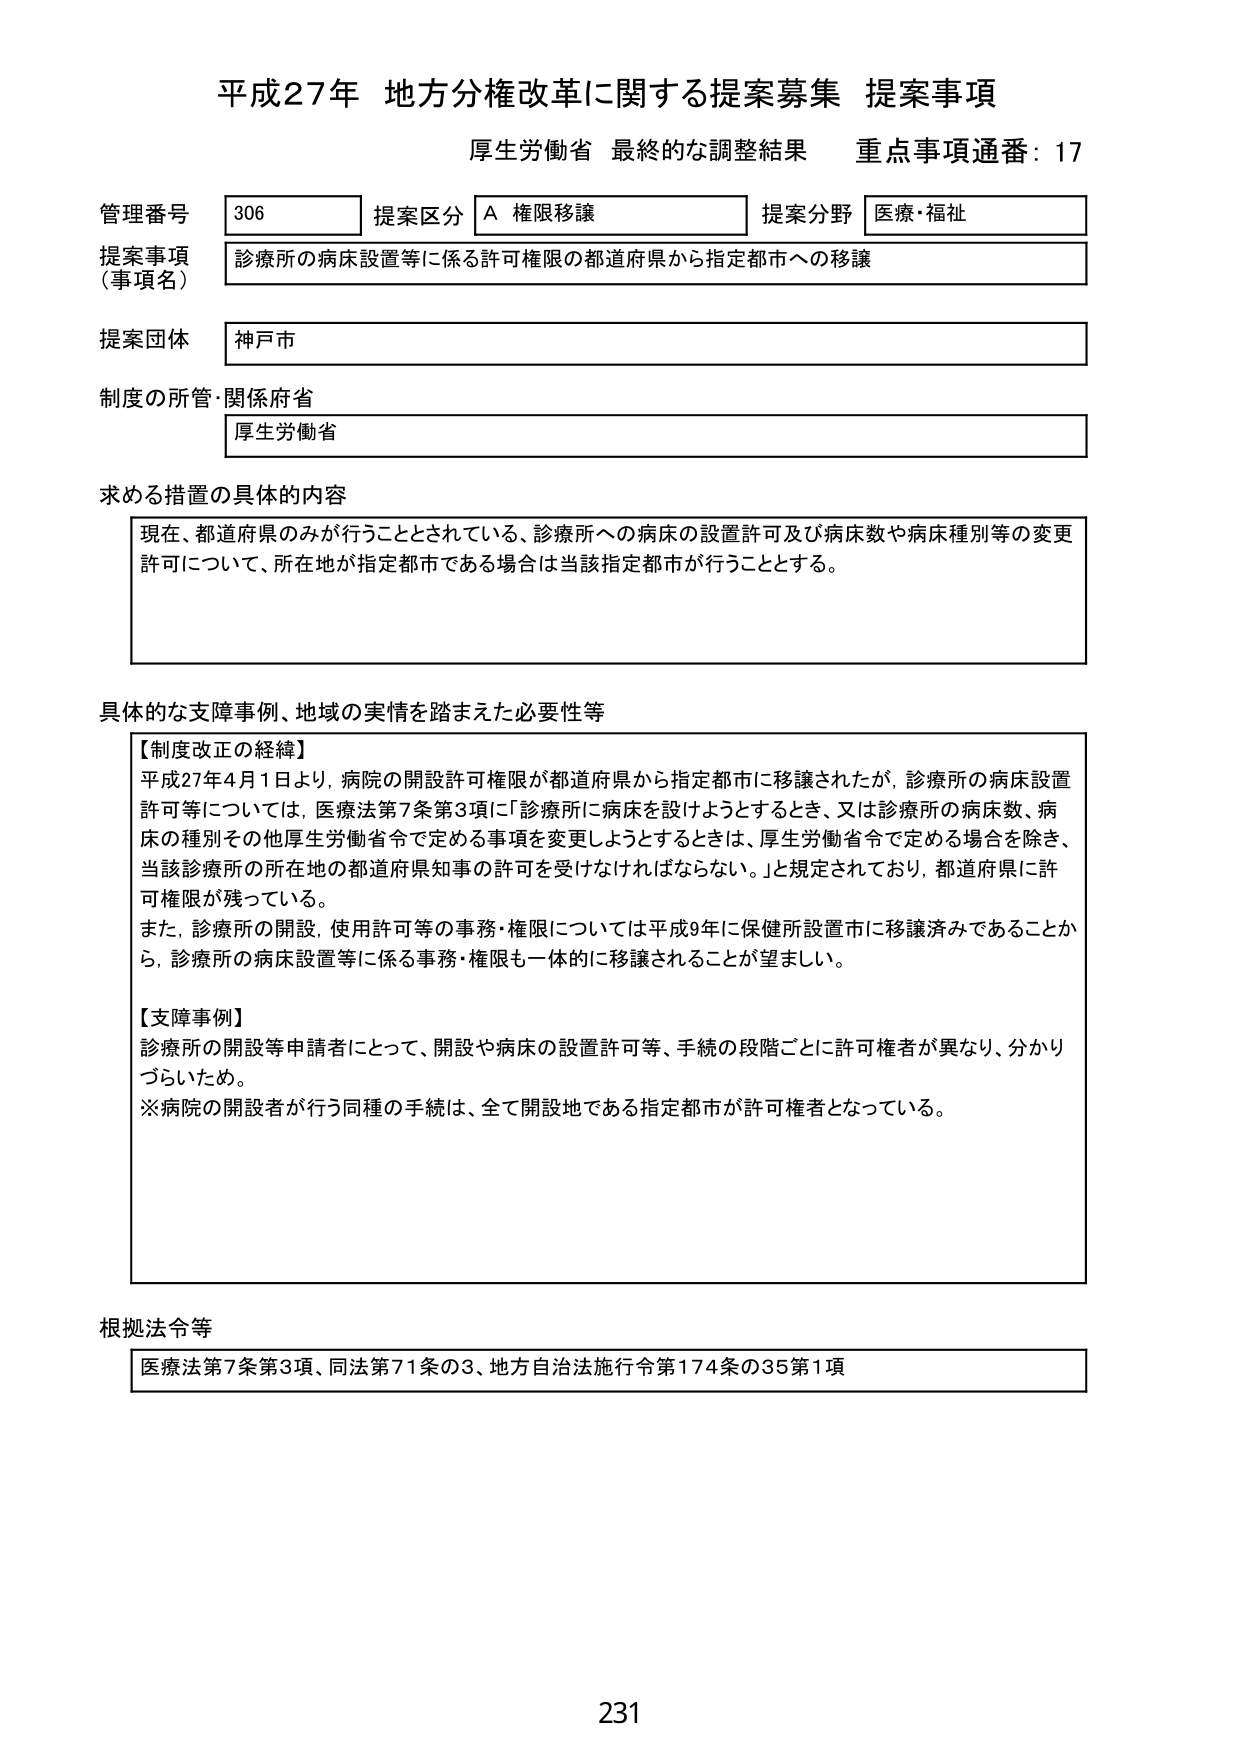
平成27年 地方分権改革に関する提案募集 提案事項
厚生労働省 最終的な調整結果 重点事項通番：17

管理番号 306 提案区分 A 権限移譲 提案分野 医療・福祉
提案事項（事項名） 診療所の病床設置等に係る許可権限の都道府県から指定都市への移譲
提案団体 神戸市
制度の所管・関係府省 厚生労働省

求める措置の具体的内容
現在、都道府県のみが行うこととされている、診療所への病床の設置許可及び病床数や病床種別等の変更許可について、所在地が指定都市である場合は当該指定都市が行うこととする。

具体的な支障事例、地域の実情を踏まえた必要性等
【制度改正の経緯】
平成27年4月1日より、病院の開設許可権限が都道府県から指定都市に移譲されたが、診療所の病床設置許可等については、医療法第7条第3項に「診療所に病床を設けようとするとき、又は診療所の病床数、病床の種別その他厚生労働省令で定める事項を変更しようとするときは、厚生労働省令で定める場合を除き、当該診療所の所在地の都道府県知事の許可を受けなければならない。」と規定されており、都道府県に許可権限が残っている。
また、診療所の開設、使用許可等の事務・権限については平成9年に保健所設置市に移譲済みであることから、診療所の病床設置等に係る事務・権限も一体的に移譲されることが望ましい。

【支障事例】
診療所の開設等申請者にとって、開設や病床の設置許可等、手続の段階ごとに許可権者が異なり、分かりづらいため。
※病院の開設者が行う同種の手続は、全て開設地である指定都市が許可権者となっている。

根拠法令等
医療法第7条第3項、同法第71条の3、地方自治法施行令第174条の35第1項

231